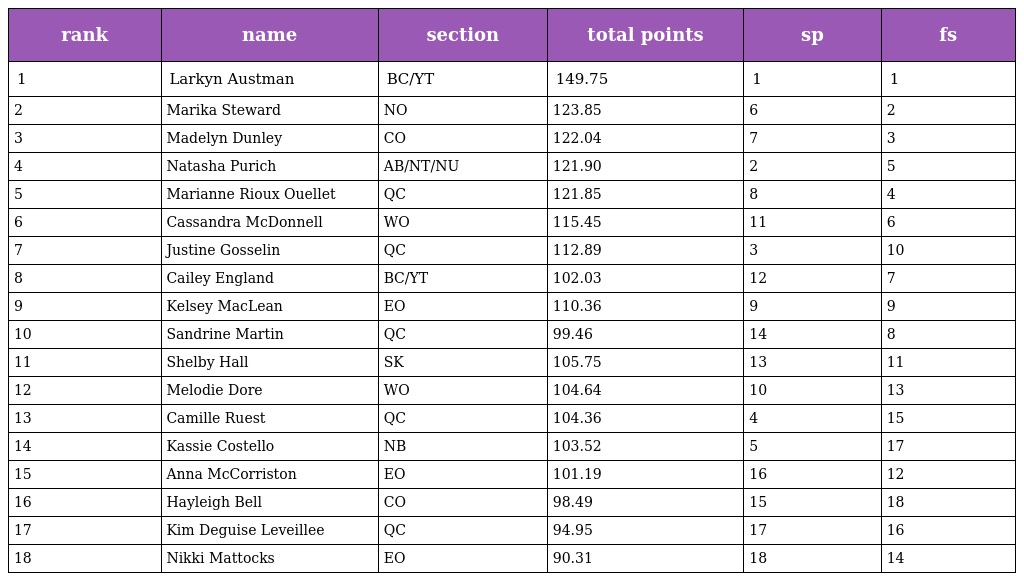
| rank | name | section | total points | sp | fs |
 | --- | --- | --- | --- | --- | --- |
 | 1 | Larkyn Austman | BC/YT | 149.75 | 1 | 1 |
 | 2 | Marika Steward | NO | 123.85 | 6 | 2 |
 | 3 | Madelyn Dunley | CO | 122.04 | 7 | 3 |
 | 4 | Natasha Purich | AB/NT/NU | 121.90 | 2 | 5 |
 | 5 | Marianne Rioux Ouellet | QC | 121.85 | 8 | 4 |
 | 6 | Cassandra McDonnell | WO | 115.45 | 11 | 6 |
 | 7 | Justine Gosselin | QC | 112.89 | 3 | 10 |
 | 8 | Cailey England | BC/YT | 102.03 | 12 | 7 |
 | 9 | Kelsey MacLean | EO | 110.36 | 9 | 9 |
 | 10 | Sandrine Martin | QC | 99.46 | 14 | 8 |
 | 11 | Shelby Hall | SK | 105.75 | 13 | 11 |
 | 12 | Melodie Dore | WO | 104.64 | 10 | 13 |
 | 13 | Camille Ruest | QC | 104.36 | 4 | 15 |
 | 14 | Kassie Costello | NB | 103.52 | 5 | 17 |
 | 15 | Anna McCorriston | EO | 101.19 | 16 | 12 |
 | 16 | Hayleigh Bell | CO | 98.49 | 15 | 18 |
 | 17 | Kim Deguise Leveillee | QC | 94.95 | 17 | 16 |
 | 18 | Nikki Mattocks | EO | 90.31 | 18 | 14 |